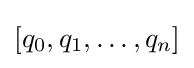
[q_{0},q_{1},\ldots ,q_{n}]